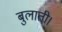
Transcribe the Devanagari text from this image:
बुलाती।